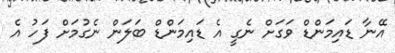
އޭނާ ޑައިމަންޑް ވަގަށް ނެގީ އެ ޑައިމަންޑް ބަލަން ނެގުމަށް ފަހު އެ